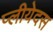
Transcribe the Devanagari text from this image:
प्लीयेदस